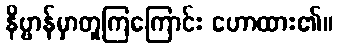
နိဗ္ဗာန်မှာတူကြကြောင်း ဟောထား၏။